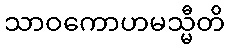
သာဝကောဟမသ္မီတိ